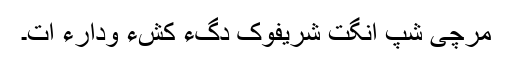
مرچی شپ انگت شریفوک دَگءِ کَشءَ ودارءَ اَت۔